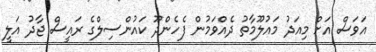
އަވަސް އަށް މިއަދު މައުލޫމާތު ދެއްވަމުން ފެހެންދޫ ކައުންސިލްގެ ރައީސް ޖާދު އަލީ